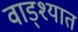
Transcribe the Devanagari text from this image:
वाड्श्यात